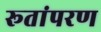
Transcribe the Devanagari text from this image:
रूतांपरण